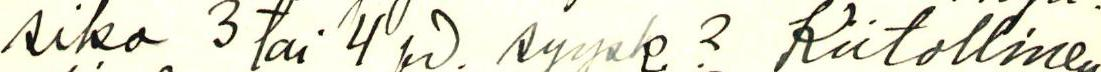
siko 3 tai 4 pv. syysk.? Kiitollinen